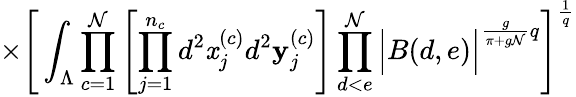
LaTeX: \times\Bigg[\int_{\Lambda}\prod_{c=1}^{\mathcal{N}}\left[\prod_{j=1}^{n_{c}}d^{2}\mathit{x}_{j}^{(c)}d^{2}\mathbf{y}_{j}^{(c)}\right]\prod_{d<e}^{\mathcal{N}}\Big|B(d,e)\Big|^{\frac{{g}}{{\pi+g\mathcal{N}}}q}\Bigg]^{\frac{{1}}{{q}}}